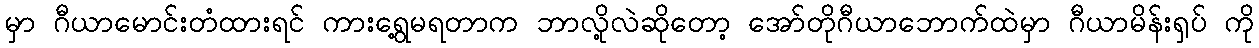
မှာ ဂီယာမောင်းတံထားရင် ကားရွေ့မရတာက ဘာလို့လဲဆိုတော့ အော်တိုဂီယာဘောက်ထဲမှာ ဂီယာမိန်းရှပ် ကို